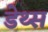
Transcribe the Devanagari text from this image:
डेथ्स